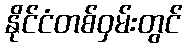
နိုင်ငံတစ်ဝှမ်းတွင်